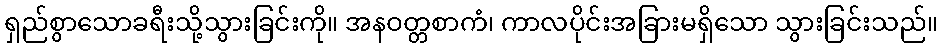
ရှည်စွာသောခရီးသို့သွားခြင်းကို။ အနဝတ္တစာကံ၊ ကာလပိုင်းအခြားမရှိသော သွားခြင်းသည်။